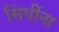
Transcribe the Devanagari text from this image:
सिंधींना